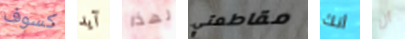
كسوف آيد لهذا مقاطعتي أنك أن